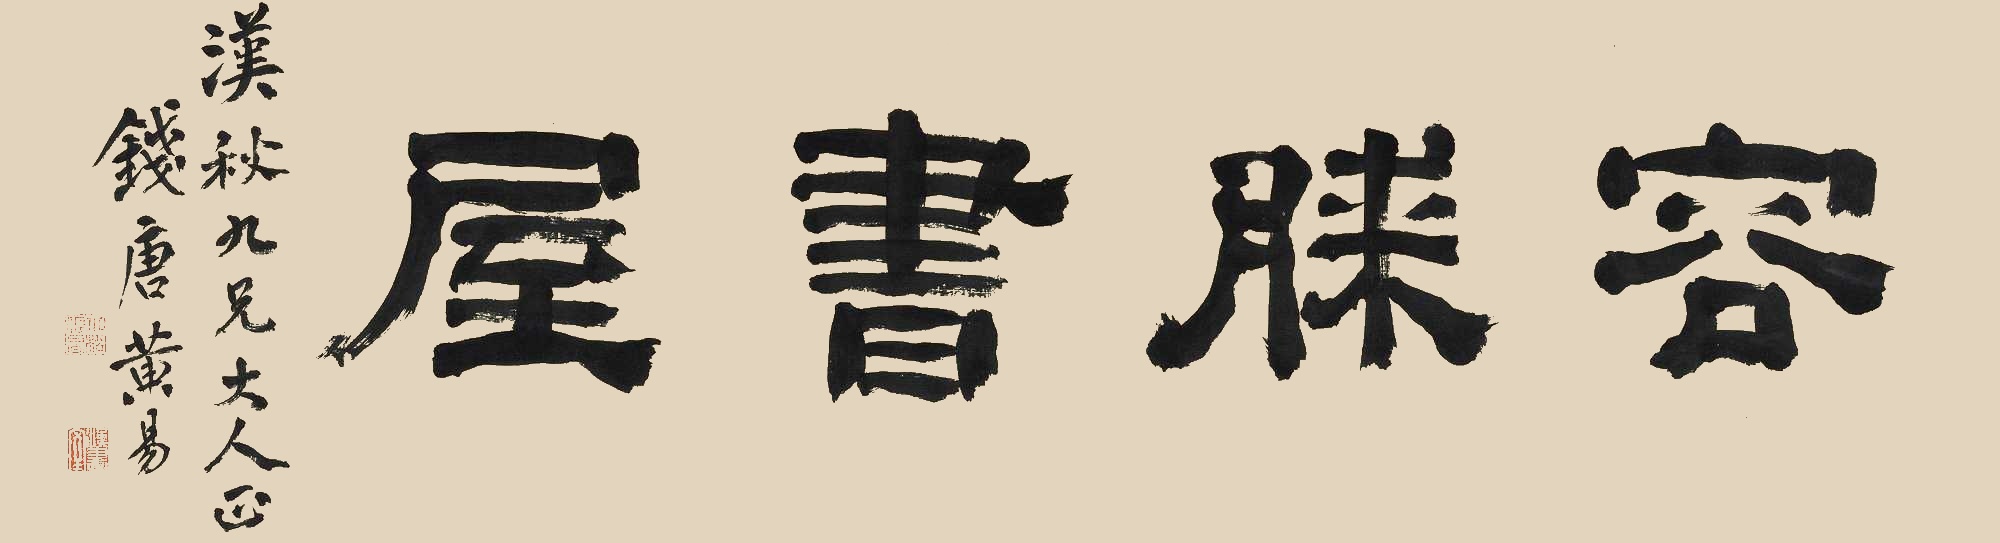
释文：容膝书屋汉秋九兄大人正，钱唐黄易。